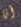
أنا